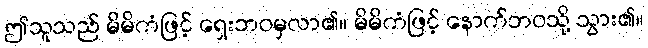
ဤသူသည် မိမိကံဖြင့် ရှေးဘဝမှလာ၏။ မိမိကံဖြင့် နောက်ဘဝသို့ သွား၏။